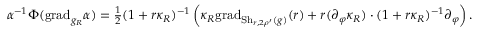
\begin{array} { r } { \alpha ^ { - 1 } \Phi ( \mathrm { g r a d } _ { g _ { R } } \alpha ) = \frac { 1 } { 2 } ( 1 + r \kappa _ { R } ) ^ { - 1 } \left( \kappa _ { R } \mathrm { g r a d } _ { \mathrm { S h } _ { r , 2 \rho ^ { \prime } } ( g ) } ( r ) + r ( \partial _ { \varphi } \kappa _ { R } ) \cdot ( 1 + r \kappa _ { R } ) ^ { - 1 } \partial _ { \varphi } \right) . } \end{array}